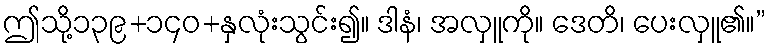
ဤသို့၁၃၉+၁၄၀+နှလုံးသွင်း၍။ ဒါနံ၊ အလှူကို။ ဒေတိ၊ ပေးလှူ၏။”